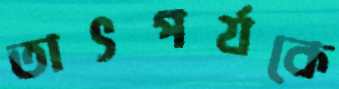
তাৎপর্যকে